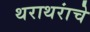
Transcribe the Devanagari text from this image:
थराथरांचे